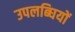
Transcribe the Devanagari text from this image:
उपलब्घियों